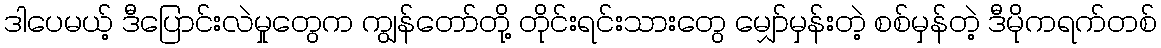
ဒါပေမယ့် ဒီပြောင်းလဲမှုတွေက ကျွန်တော်တို့ တိုင်းရင်းသားတွေ မျှော်မှန်းတဲ့ စစ်မှန်တဲ့ ဒီမိုကရက်တစ်